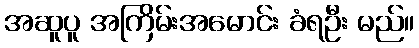
အဆူပူ အကြိမ်းအမောင်း ခံရဦး မည်။